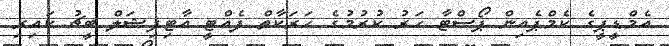
އެމްޑީޕީގެ ކެމްޕެއިން ޕޯސްޓާ ހަރު ކުރުމުގެ ހަރަކާތް ފެއްޓީ އާޓިފިޝަލް ބީޗު ކައިރި